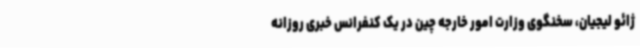
ژائو لیجیان، سخنگوی وزارت امور خارجه چین در یک کنفرانس خبری روزانه